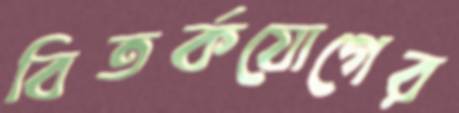
বিতর্কযোগের